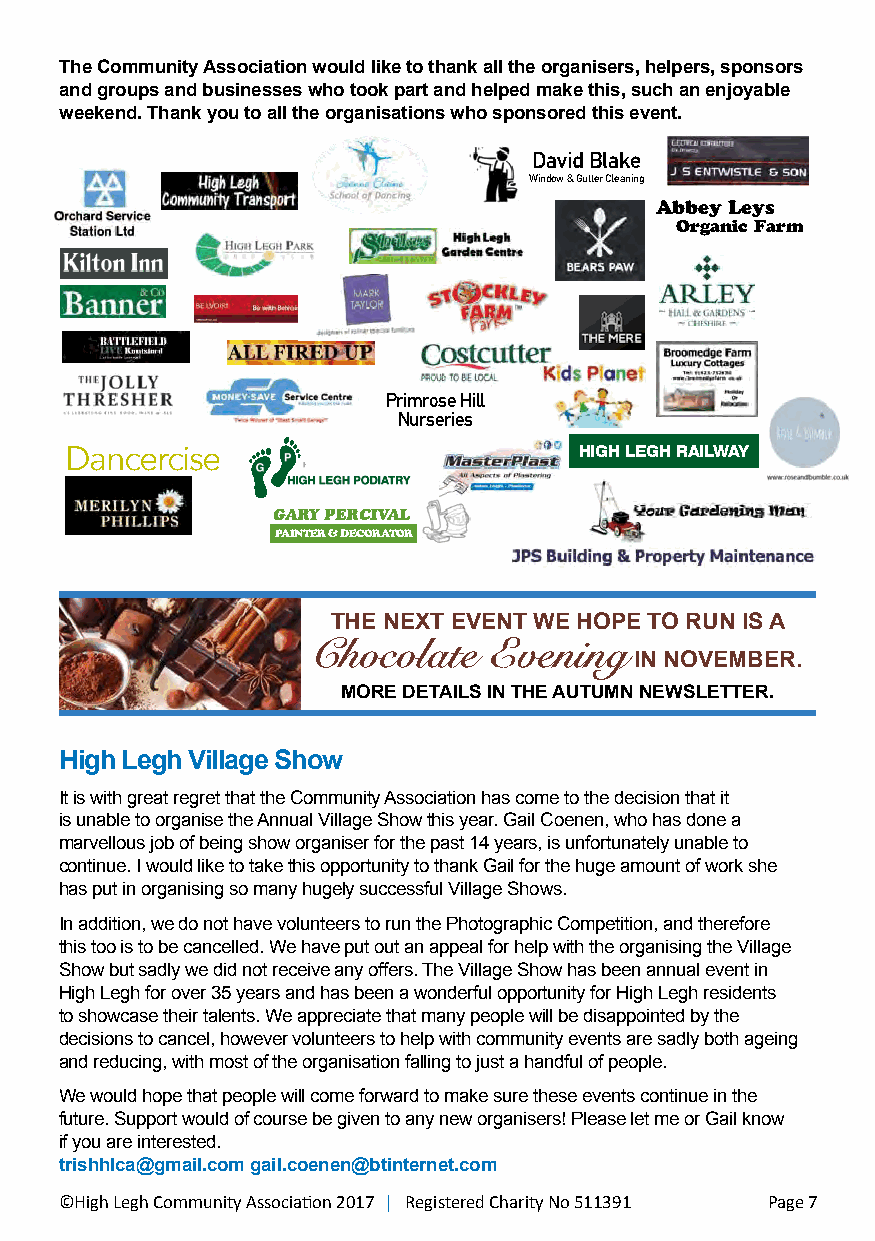
The Community Association would like to thank all the organisers, helpers, sponsors
 and groups and businesses who took part and helped make this, such an enjoyable
 weekend. Thank you to all the organisations who sponsored this event.
 David Blake
 Pr Nim urr so es re i eH sill WParirmnerro sFelo Horililn g Primrose Hill Window & Gutter Cleaning
 Nurseries Hair GemNurseries
 Abbey Leys
 Gardening Man                             Organic Farm
 Abbey Leys Organic Farm
 Primrose Hill
 Warner Flooring                   Nurseries
 Warner FloHorainirg Gem
 Orchard Motor
 Services Gardening Man Hair Gem
 Orchard Motor Gardening ManAbbey Leys Organic Farm
 Services        Abbey Leys Organic Farm    Warner Flooring
 Hair Gem
 Orchard Motor
 Services                         Gardening Man
 Primrose Hill Orc Sh ea rr vd i cM esotor Abbey Leys Organic Farm
 Nurseries
 Dancercise        Warner Flooring HIGH LEGH RAILWAY
 Hair Gem
 Warner Flooring   GARYG Pa Er Rd Ce In Vi An Lg Man
 Hair Gem                          Abbey Leys Organic FarmWarner Flooring
 PAINTER & DECORATOR
 Gardening Man                                         Hair Gem
 Abbey Leys Organic Farm
 Warner Flooring                             Gardening Man
 Hair Gem                                                  Abbey Leys Organic Farm
 Gardening Man         THE NEXT EVENT WE HOPE TO RUN IS A
 Abbey Leys Organic Farm
 Chocolate  Evening
 IN NOVEMBER.
 MORE DETAILS IN THE AUTUMN NEWSLETTER.
 High Legh Village Show
 It is with great regret that the Community Association has come to the decision that it
 is unable to organise the Annual Village Show this year. Gail Coenen, who has done a
 marvellous job of being show organiser for the past 14 years, is unfortunately unable to
 continue. I would like to take this opportunity to thank Gail for the huge amount of work she
 has put in organising so many hugely successful Village Shows.
 In addition, we do not have volunteers to run the Photographic Competition, and therefore
 this too is to be cancelled. We have put out an appeal for help with the organising the Village
 Show but sadly we did not receive any offers. The Village Show has been annual event in
 High Legh for over 35 years and has been a wonderful opportunity for High Legh residents
 to showcase their talents. We appreciate that many people will be disappointed by the
 decisions to cancel, however volunteers to help with community events are sadly both ageing
 and reducing, with most of the organisation falling to just a handful of people.
 We would hope that people will come forward to make sure these events continue in the
 future. Support would of course be given to any new organisers! Please let me or Gail know
 if you are interested.
 trishhlca@gmail.com gail.coenen@btinternet.com
 ©High Legh Community Association 2017 | Registered Charity No 511391 Page 7